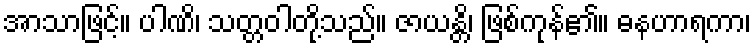
အာသာဖြင့်။ ပါဏိ၊ သတ္တဝါတို့သည်။ ဇာယန္တိ၊ ဖြစ်ကုန်၏။ ဓနဟာရကာ၊